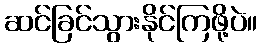
ဆင်ခြင်သွားနိုင်ကြဖို့ပဲ။